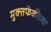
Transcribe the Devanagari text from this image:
मुक्तफेकीच्या